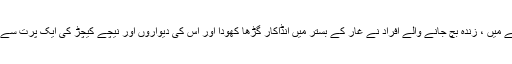
پہلے حصے میں ، زندہ بچ جانے والے افراد نے غار کے بستر میں انڈاکار گڑھا کھودا اور اس کی دیواروں اور نیچے کیچڑ کی ایک پرت سے ڈھانپ لیا۔